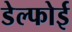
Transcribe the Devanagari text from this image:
डेल्फोई